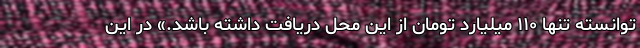
توانسته تنها ۱۱۰ میلیارد تومان از این محل دریافت داشته باشد.» در این